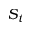
S _ { t }